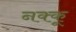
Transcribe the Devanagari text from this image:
नक्कू